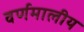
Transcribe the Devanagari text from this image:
वर्णमालीय